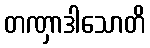
တဏှာဒါသောတိ